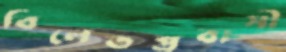
বিলেতপ্রবাসী